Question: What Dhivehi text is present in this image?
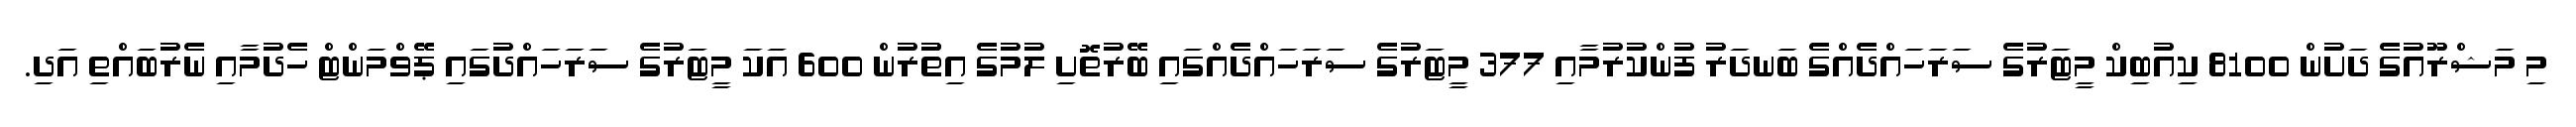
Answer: މި މަޝްރޫއުގެ ދަށުން 8100 ކިއުބިކް މީޓަރުގެ ސަރަހައްދެއްގެ ބަނދަރު ފުންކުރުމާއި 377 މީޓަރުގެ ސަރަހައްދެއްގައި ބޭރުތޮށި ލުމުގެ އިތުުރުން 600 އަކަ މީޓަރުގެ ސަރަހައްދުގައި ޕޭވްމަންޓް ހެދުމާއި ނެރުބައްތި އަދި.